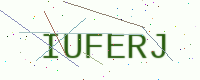
Text: IUFERJ